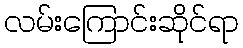
လမ်းကြောင်းဆိုင်ရာ